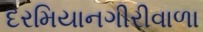
દરમિયાનગીરીવાળા